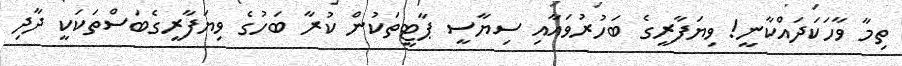
ތިމާ ވާހަކަދައްކާނީ! ވިޔަފާރީގެ ބަހުރުވައާއި ސިޔާސީ ޕާޓީތަކުން ކުރާ ބަހުގެ ވިޔަފާރީގެބަސްތަކަކީ ދާދި